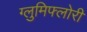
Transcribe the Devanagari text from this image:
ग्लुमिफ्लोरी